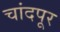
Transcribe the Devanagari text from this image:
चांदपूर